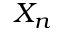
X _ { n }